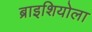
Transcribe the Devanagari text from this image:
ब्राइशियोला